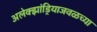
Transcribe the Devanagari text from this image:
अलेक्झांड्रियाजवळच्या